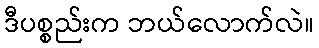
ဒီပစ္စည်းက ဘယ်လောက်လဲ။